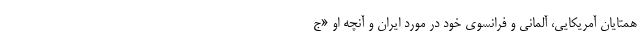
همتایان آمریکایی، آلمانی و فرانسوی خود در مورد ایران و آنچه او «ج